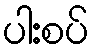
ပါးစပ်